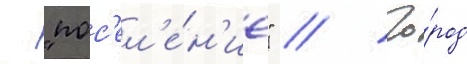
- "пос'ел'е́н'ие" // Го́род